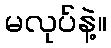
မလုပ်နဲ့။